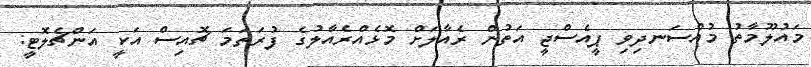
މައުލޫމާތު މުއްސަނދިވި ޕީއެސްޖީ އަތުން ރެއާލަށް މޮޅެއްރެއާލުގެ ފުރަތަމަ ޗޮއިސް އަކީ އަންޗެލޮޓީ: